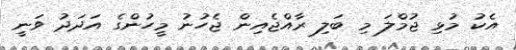
އެކު މުޅި ޖުމްލަ މި ބަލި ރާއްޖެއިން ޖެހުނު މީހުންގެ އަދަދު ވަނީ